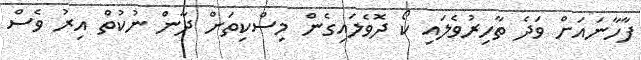
ފާހާނައަށް ވަދެ ތާހިރުވެލައި ކޯ ދޮވެލައިގެން މިސްކިތަށް ދާން ނުކުތް އިރު ވެސް